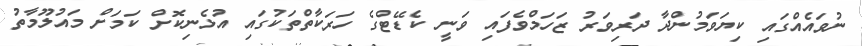
ނުވައެއްގައި ކިޔަވަމުންދާ ދަރިވަރު ޒަހަމްވެފައި ވަނީ ކެޑޭޓްގެ ހަރަކާތްތަކުގައި އުޅެނިކޮށް ކަމަށް މައުލޫމާތު